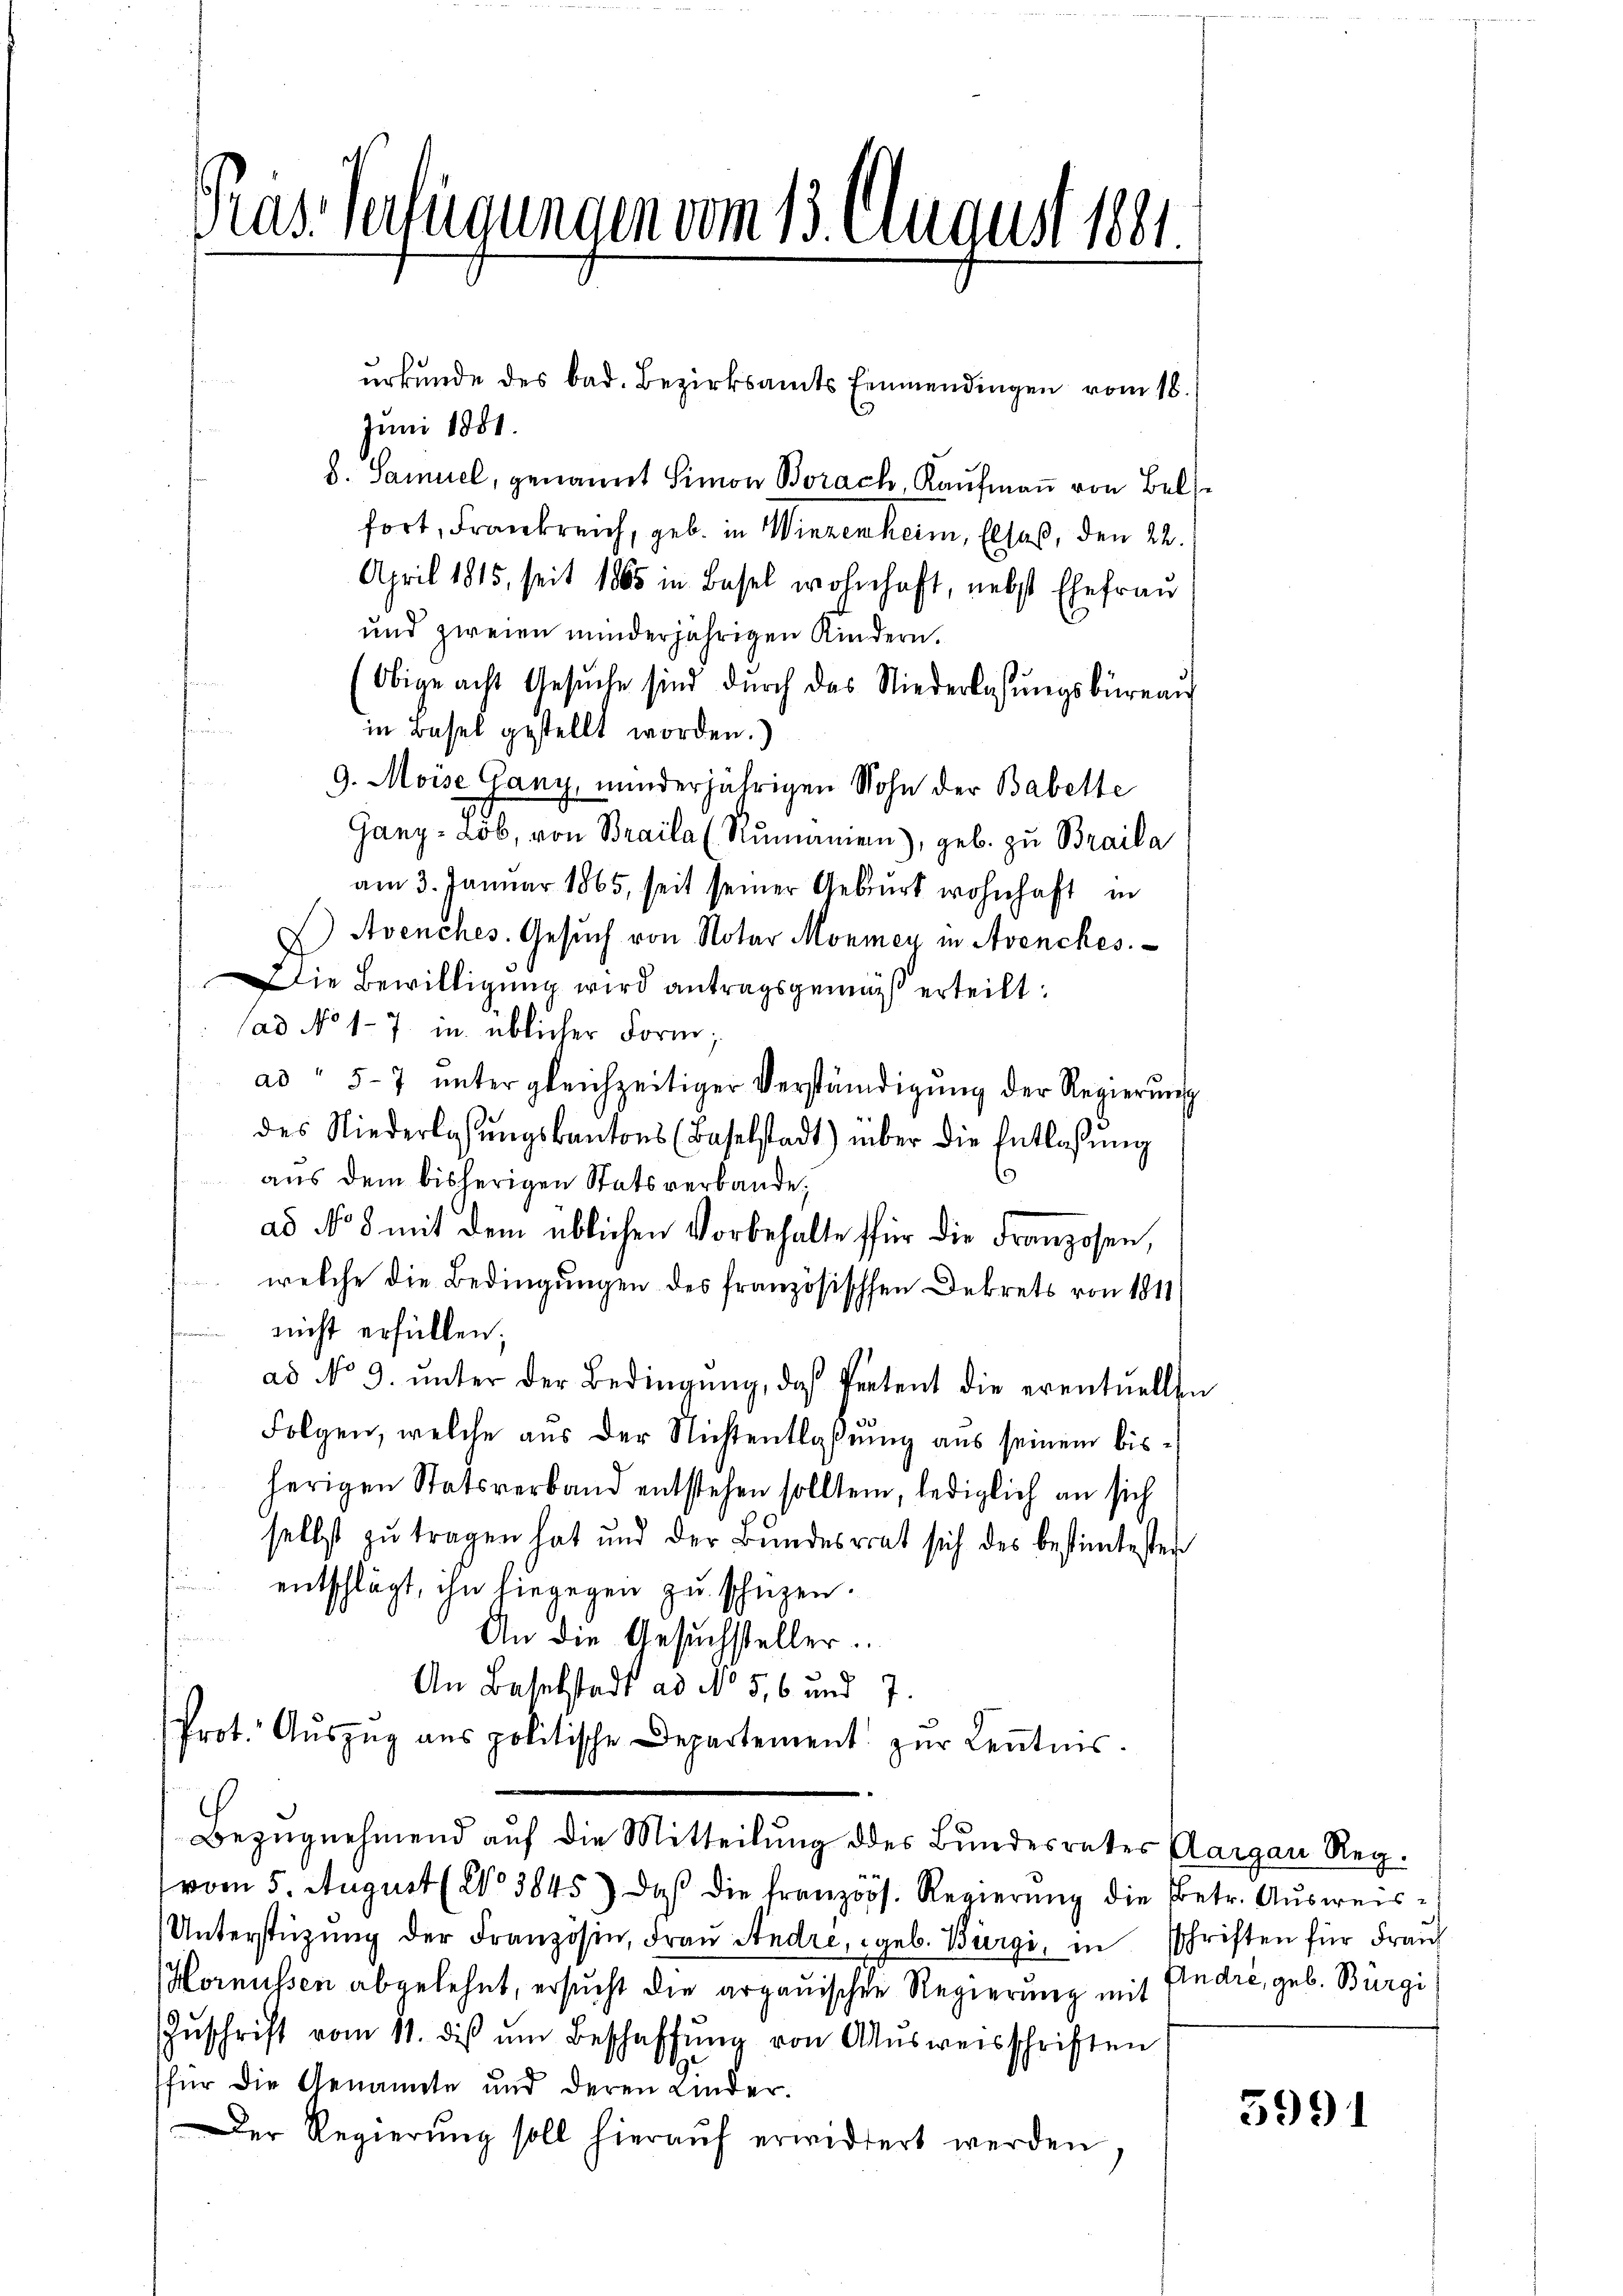
Pras Verfügungen vom 13. August 1881.

Juni 1881.
b. Samuel, genannt Simon Borach, Kaŭfmaṅ von Bels
fort, Frankreich, geb. in Winzenheim, Elsaß, den 22.
April 1815, seit 1865 in Basel wohnhaft, nebst Ehefrau
und zweien minderjährigen Kindern.
Obige acht Gesŭche sind dŭrch das Niederlassŭngsbüreaŭ
in Basel gestellt worden.)
9. Moise Gany, minderjährigen Sohn der Babette
Gany-Lob, von Braila (Rumanien), geb. zu Braila
am 3. Januar 1865, seit seiner Geburt wohnhaft in
E Avenches. Gesuch von Notar Monmey in Avenches.
Die Bewilligung wird antragsgemäß erteilt:
(ad No 17 in üblicher Form;
ad " 5-7 ŭnter gleichzeitiger Verständigŭng der Regierŭng
des Niederlassŭngskantons (Baselstadt) über die Entlassŭng
.
aus dem bisherigen Statsverbande,
ad No 8 mit dem üblichen Vorbehalte für die Franzosen,
welche die Bedingungen des französischen Dekrets von 1811
nicht erfüllen;
ad No 9. ŭnter der Bedingŭng, daß Petent die eventuellen
Folgen, welche aus der Nichtentlaßung aus seinem bisherigen Statsverband entstehen sollten, lediglich an sich
selbst zu tragen hat und der Bundesrat sich des bestimtesten
 entschlägt, ihn liegegen zu schüzen.
An die Gesuchsteller.
An Baselstadt ad No 516 und 7.
Prot. Aŭszŭg ans politische Departement zŭr Keṅtnis.
Bezŭgnehmend auf die Mitteilung des Bundesrates Aargau Reg.
vom 5. August (2o 3845) daß die französ. Regierŭng die Betr. Ausweis¬
Unterstützŭng der Französin, Frau Andre, geb. Bürgi, in schriften für Frau
Hornussen abgelehnt, ersucht die argauischen Regierung mit Endić, geb. Bürgi
Zŭschrift vom 11. dis ŭm Beschaffŭng von Aŭsweisschriften
für die Genannte und deren Kinder.
Der Regierŭng soll hieraŭf erwidert werden,

urkunde des bad. Bezirksamts Einmendingen vom 18.

5991